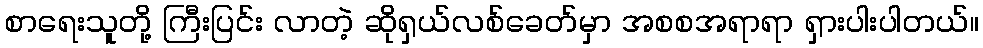
စာရေးသူတို့ ကြီးပြင်း လာတဲ့ ဆိုရှယ်လစ်ခေတ်မှာ အစစအရာရာ ရှားပါးပါတယ်။